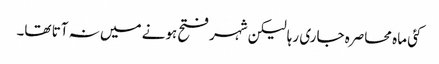
کئی ماہ محاصرہ جاری رہا لیکن شہر فتح ہونے میں نہ آتا تھا۔